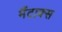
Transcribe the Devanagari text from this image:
मैंटाक्स